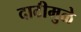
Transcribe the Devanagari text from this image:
दाटीमुळे